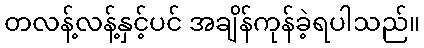
တလန့်လန့်နှင့်ပင် အချိန်ကုန်ခဲ့ရပါသည်။